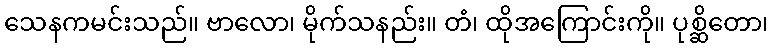
သေနကမင်းသည်။ ဗာလော၊ မိုက်သနည်း။ တံ၊ ထိုအကြောင်းကို။ ပုစ္ဆိတော၊